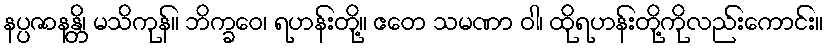
နပ္ပဇာနန္တိ၊ မသိကုန်။ ဘိက္ခဝေ၊ ရဟန်းတို့။ ဧတေ သမဏာ ဝါ၊ ထိုရဟန်းတို့ကိုလည်းကောင်း။